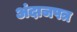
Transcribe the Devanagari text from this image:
अंदाजपत्र